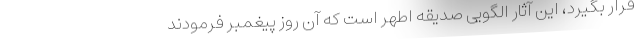
قرار بگیرد، این آثار الگویی صدیقه اطهر است که آن روز پیغمبر فرمودند